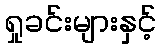
ရှုခင်းများနှင့်